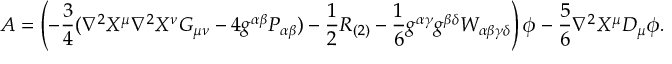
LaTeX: { \cal A } = \left( - \frac { 3 } { 4 } ( \nabla ^ { 2 } X ^ { \mu } \nabla ^ { 2 } X ^ { \nu } G _ { \mu \nu } - 4 g ^ { \alpha \beta } P _ { \alpha \beta } ) - \frac { 1 } { 2 } R _ { ( 2 ) } - \frac { 1 } { 6 } g ^ { \alpha \gamma } g ^ { \beta \delta } W _ { \alpha \beta \gamma \delta } \right) \phi - \frac { 5 } { 6 } \nabla ^ { 2 } X ^ { \mu } D _ { \mu } \phi .